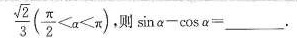
\frac { \sqrt { 2 } } { 3 } ( $$\frac { π } { 2 }< α < π )$$ 则$$sin α - cos α =___$$.